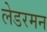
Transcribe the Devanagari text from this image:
लेडरमन